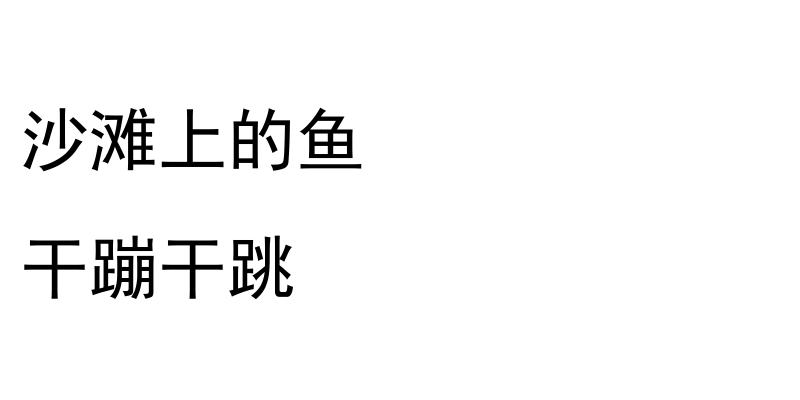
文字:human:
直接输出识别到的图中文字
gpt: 沙滩上的鱼 干蹦干跳